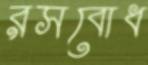
রসবোধ